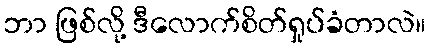
ဘာ ဖြစ်လို့ ဒီလောက်စိတ်ရှုပ်ခံတာလဲ။